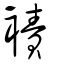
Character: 襀